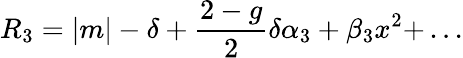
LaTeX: R_{3}=|m|-\delta+{\frac{2-g}{2}}\delta\alpha_{3}+\beta_{3}x^{2}+\, ...